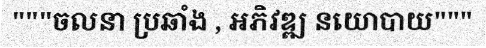
"""ចលនា ប្រឆាំង , អភិវឌ្ឍ នយោបាយ"""